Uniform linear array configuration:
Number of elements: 64
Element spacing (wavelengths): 1
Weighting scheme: hamming
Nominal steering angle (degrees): -15
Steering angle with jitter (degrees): -15.245
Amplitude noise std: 0.05
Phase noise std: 0.05

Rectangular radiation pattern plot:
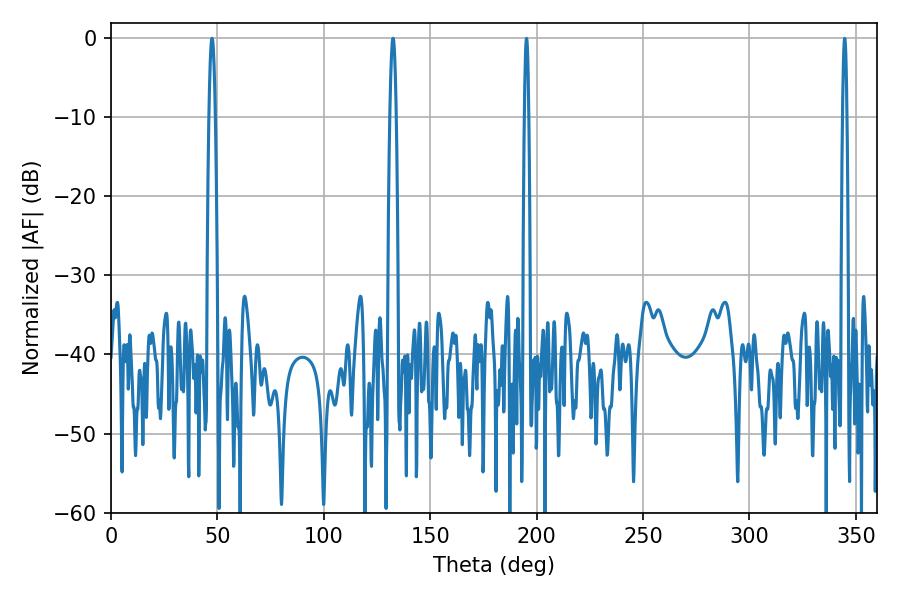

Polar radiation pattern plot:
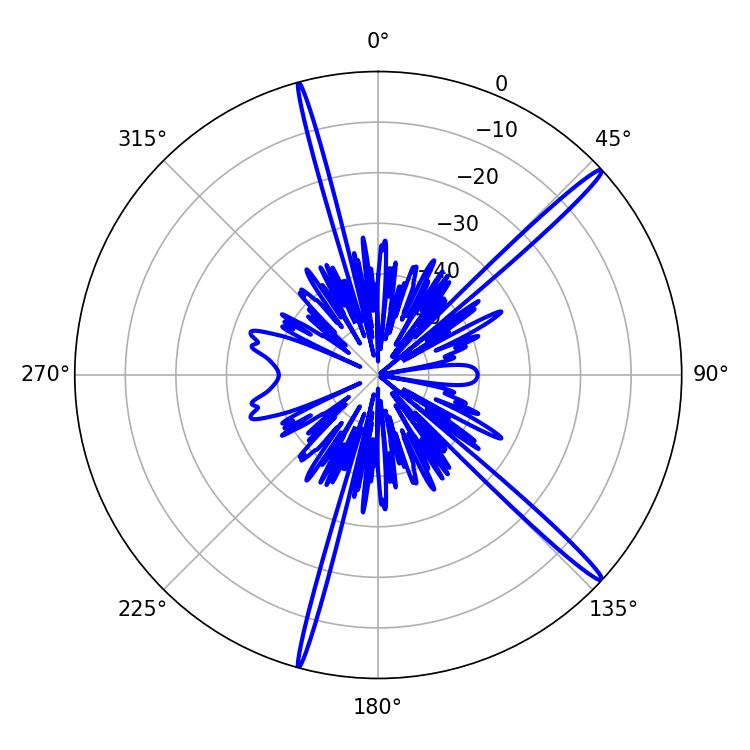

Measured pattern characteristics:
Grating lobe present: TRUE
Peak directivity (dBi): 17.557
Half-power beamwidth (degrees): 1.62
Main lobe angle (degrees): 47.52